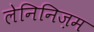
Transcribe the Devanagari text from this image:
लेनिनिज़म